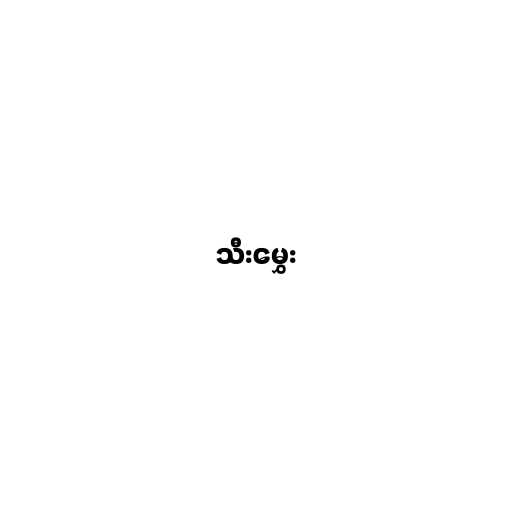
သီးမွှေး